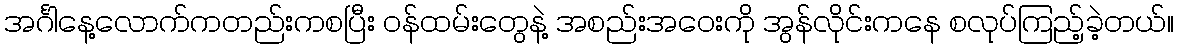
အင်္ဂါနေ့လောက်ကတည်းကစပြီး ဝန်ထမ်းတွေနဲ့ အစည်းအဝေးကို အွန်လိုင်းကနေ စလုပ်ကြည့်ခဲ့တယ်။